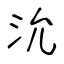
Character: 沇